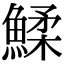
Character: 鰇